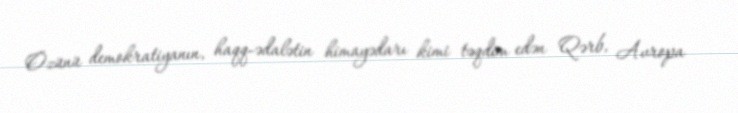
Özünü demokratiyanın, haqq-ədalətin himayədarı kimi təqdim edən Qərb, Avropa